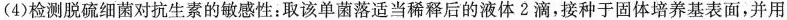
(4)检测脱硫细菌对抗生素的敏感性：取该单菌落适当稀释后的液体2滴，接种于固体培养基表面，并用